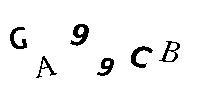
GA99CB